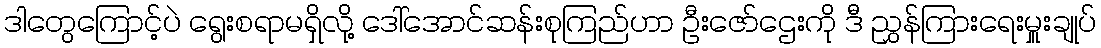
ဒါတွေကြောင့်ပဲ ရွေးစရာမရှိလို့ ဒေါ်အောင်ဆန်းစုကြည်ဟာ ဦးဇော်ဌေးကို ဒီ ညွှန်ကြားရေးမှူးချုပ်